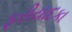
ફરીયાદકા